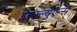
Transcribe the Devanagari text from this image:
इन्फ़्ल्युएन्स